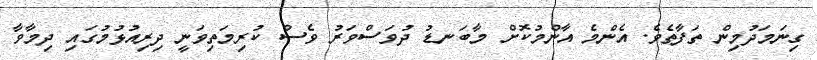
ގިނަމަދުމިން ތަފާތެވެ. އެންމެ އާންމުކޮށް މާބަނޑު ދުވަސްވަރު ވެސް ކުރިމަތިވަނީ ދިރިއުޅުމުގައި ދިމާވާ